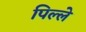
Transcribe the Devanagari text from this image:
पिल्‍ले